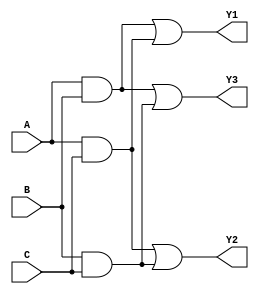
module MaskedPAL (
    input wire A,        // Input A
    input wire B,        // Input B
    input wire C,        // Input C
    // ... Add more inputs as necessary
    output wire Y1,      // Output Y1
    output wire Y2,      // Output Y2
    output wire Y3       // Output Y3
    // ... Add more outputs as necessary
);

// Define the programmable AND array
wire AND1, AND2, AND3; // Outputs of the AND gates

// AND gate implementations based on masked connections
assign AND1 = A & B;           // Example connection for AND gate 1 (A AND B)
assign AND2 = A & C;           // Example connection for AND gate 2 (A AND C)
assign AND3 = B & C;           // Example connection for AND gate 3 (B AND C)
// ... More AND gates can be added based on mask configuration

// Fixed OR array to combine AND gate outputs
assign Y1 = AND1 | AND2;       // Output Y1 combines results from AND1 and AND2
assign Y2 = AND2 | AND3;       // Output Y2 combines results from AND2 and AND3
assign Y3 = AND1 | AND3;       // Output Y3 combines results from AND1 and AND3
// ... More OR gates can be added to configure additional outputs

endmodule